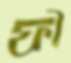
ফী